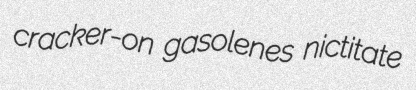
cracker-on gasolenes nictitate